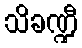
သိခဏ္ဍီ